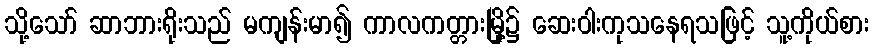
သို့သော် ဆာဘားရိုးသည် မကျန်းမာ၍ ကာလကတ္တားမြို့၌ ဆေးဝါးကုသနေရသဖြင့် သူ့ကိုယ်စား